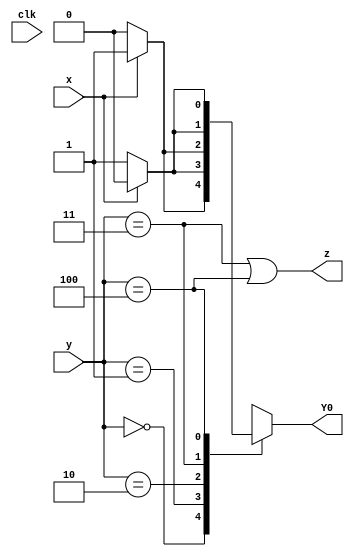
module top_module (
    input                   clk ,
    input           [2 : 0] y   ,
    input                   x   ,
    output                  Y0  ,
    output                  z
);

    parameter   A = 3'b000,
                B = 3'b001,
                C = 3'b010,
                D = 3'b011,
                E = 3'b100;

    reg             [2 : 0] next_state;

    always @ (*) begin
        case (y)
            A       : next_state = x ? B : A;
            B       : next_state = x ? E : B;
            C       : next_state = x ? B : C;
            D       : next_state = x ? C : B;
            E       : next_state = x ? E : D;
            default : next_state = 3'bxxx;
        endcase
    end

    assign z = (y == D) | (y == E);
    assign Y0 = next_state[0];
        

endmodule